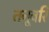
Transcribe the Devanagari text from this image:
तनूवरि